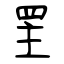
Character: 罜